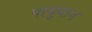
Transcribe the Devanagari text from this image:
पायुयान